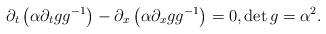
LaTeX: \begin{align*}\partial_t\left(\alpha \partial_t g g^{-1}\right) -\partial_x\left(\alpha \partial_x g g^{-1} \right)=0, \det g =\alpha ^2.\end{align*}